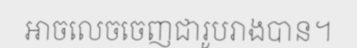
អាចលេចចេញជារូបរាងបាន។